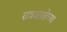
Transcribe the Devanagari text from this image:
रात्रशाळेच्या